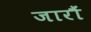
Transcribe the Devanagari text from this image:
जारौं